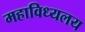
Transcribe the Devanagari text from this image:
महाविध्यलय